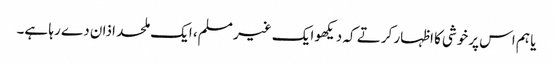
یا ہم اس پرخوشی کا اظہار کرتے کہ دیکھو ایک غیر مسلم، ایک ملحد اذان دے رہا ہے۔